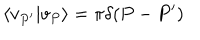
\left\langle v _ { P ^ { \prime } } | v _ { P } \right\rangle = \pi \delta ( P - P ^ { \prime } )